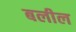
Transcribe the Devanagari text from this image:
बलील